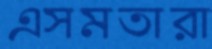
এসমতারা